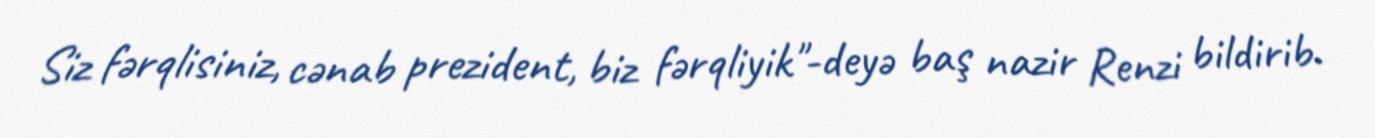
Siz fərqlisiniz, cənab prezident, biz fərqliyik"-deyə baş nazir Renzi bildirib.